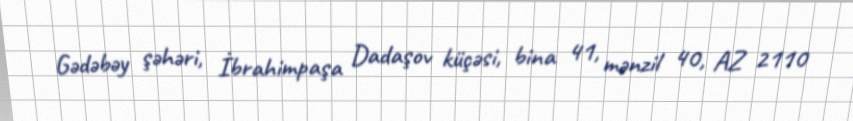
Gədəbəy şəhəri, İbrahimpaşa Dadaşov küçəsi, bina 41, mənzil 40, AZ 2110